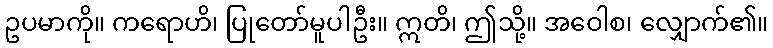
ဥပမာကို။ ကရောဟိ၊ ပြုတော်မူပါဦး။ ဣတိ၊ ဤသို့။ အဝေါစ၊ လျှောက်၏။